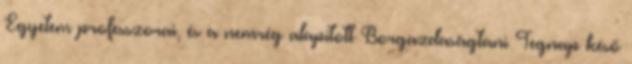
Egyetem professzorai, és a nemrég alapított Borgazdaságtani Tegnap késő